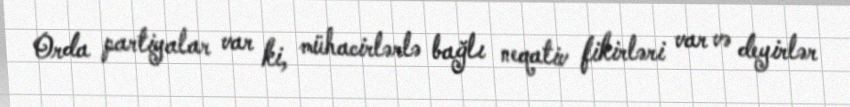
Orda partiyalar var ki, mühacirlərlə bağlı neqativ fikirləri var və deyirlər